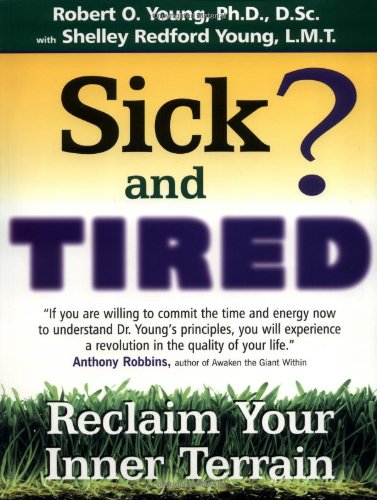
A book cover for Sick and Tired?: Reclaim Your Inner Terrain; Robert O. Young; Health, Fitness & Dieting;